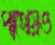
পাথেয়ও